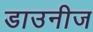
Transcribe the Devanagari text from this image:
डाउनीज